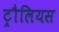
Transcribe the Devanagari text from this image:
ट्रौलियस